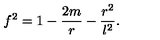
f ^ { 2 } = 1 - \frac { 2 m } { r } - \frac { r ^ { 2 } } { l ^ { 2 } } .